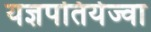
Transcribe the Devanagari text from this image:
यज्ञपतिर्यज्वा